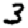
Digit: 3